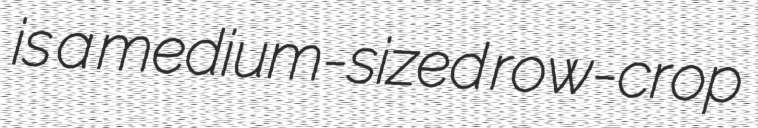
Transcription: is a medium-sized row-crop